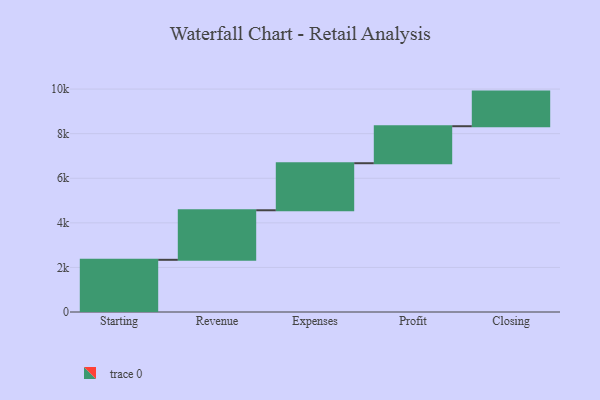
{"axis": {"x": "Step", "y": "Value"}, "legend": [""], "data": [{"x": "Starting", "y": 2341.0, "type": ""}, {"x": "Revenue", "y": 2223.0, "type": ""}, {"x": "Expenses", "y": 2110.0, "type": ""}, {"x": "Profit", "y": 1660.0, "type": ""}, {"x": "Closing", "y": 1553.0, "type": ""}]}